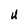
Character: U